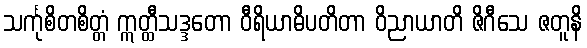
သင်္ကုစိတစိတ္တံ ဣတ္ထီသဒ္ဒတော ဝီရိယာဓိပတိတာ ဝိညာယာတိ ဇိဂီသေ ဇတူနိ